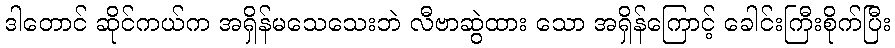
ဒါတောင် ဆိုင်ကယ်က အရှိန်မသေသေးဘဲ လီဗာဆွဲထား သော အရှိန်ကြောင့် ခေါင်းကြီးစိုက်ပြီး